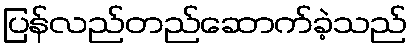
ပြန်လည်တည်ဆောက်ခဲ့သည်